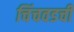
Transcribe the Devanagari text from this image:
चिंचवडची